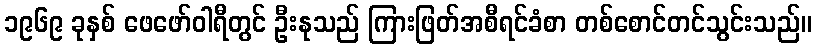
၁၉၆၉ ခုနှစ် ဖေဖော်ဝါရီတွင် ဦးနုသည် ကြားဖြတ်အစီရင်ခံစာ တစ်စောင်တင်သွင်းသည်။